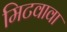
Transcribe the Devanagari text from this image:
मिटवावा